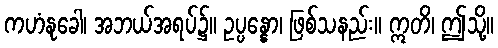
ကဟံနုခေါ၊ အဘယ်အရပ်၌။ ဥပ္ပန္နော၊ ဖြစ်သနည်း။ ဣတိ၊ ဤသို့။